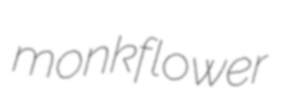
monkflower